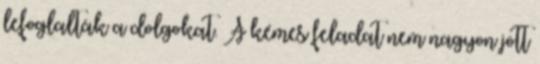
lefoglalták a dolgokat. A kémes feladat nem nagyon jött